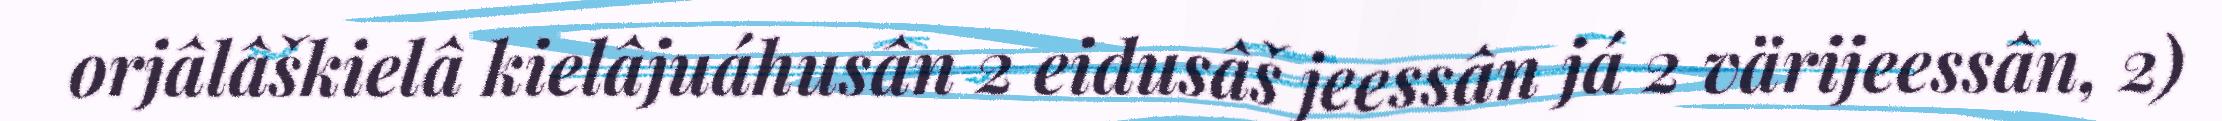
orjâlâškielâ kielâjuáhusân 2 eidusâš jeessân já 2 värijeessân, 2)